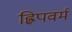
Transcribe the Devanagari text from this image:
ह्विपवर्म